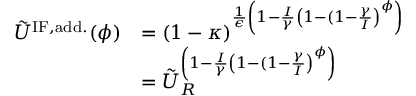
\begin{array} { r l } { \tilde { U } ^ { \mathrm { I F , a d d . } } ( \phi ) } & { = ( 1 - \kappa ) ^ { \frac { 1 } { \epsilon } \left( 1 - \frac { I } { \gamma } \left( 1 - ( 1 - \frac { \gamma } { I } \right) ^ { \phi } \right) } } \\ & { = \tilde { U } _ { R } ^ { \left( 1 - \frac { I } { \gamma } \left( 1 - ( 1 - \frac { \gamma } { I } \right) ^ { \phi } \right) } } \end{array}